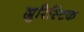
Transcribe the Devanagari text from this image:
ह्युरिस्टिक